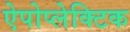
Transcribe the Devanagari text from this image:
ऐपोप्लेक्टिक